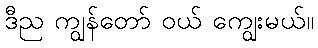
ဒီည ကျွန်တော် ဝယ် ကျွေးမယ်။